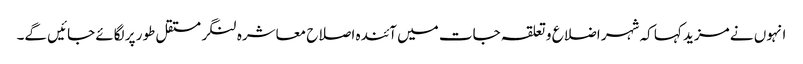
انہوں نے مزید کہا کہ شہر اضلاع و تعلقہ جات میں آئندہ اصلاح معاشرہ لنگر مستقل طور پر لگائے جائیں گے۔